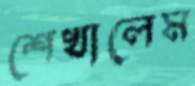
শেখালেম